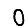
Digit: 0